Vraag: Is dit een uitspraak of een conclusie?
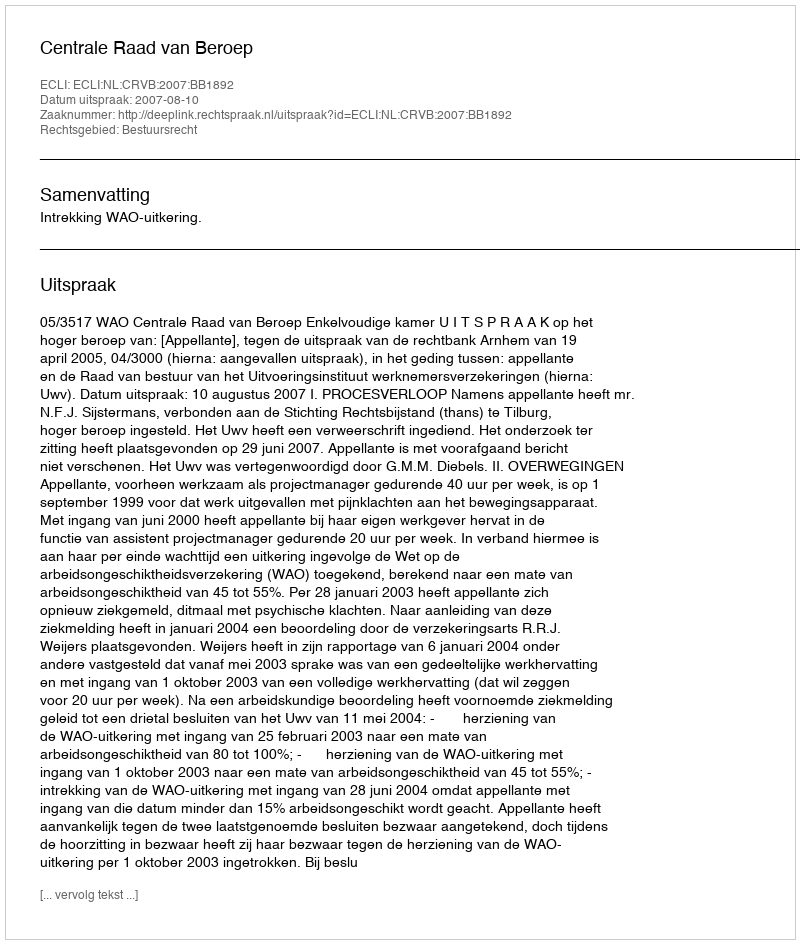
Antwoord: Uitspraak